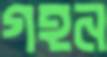
গহন